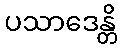
ပသာဒေန္တိ